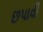
છપાવી